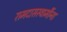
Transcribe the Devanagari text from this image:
रामदासस्वामींना